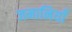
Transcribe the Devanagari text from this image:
जमानियाँ